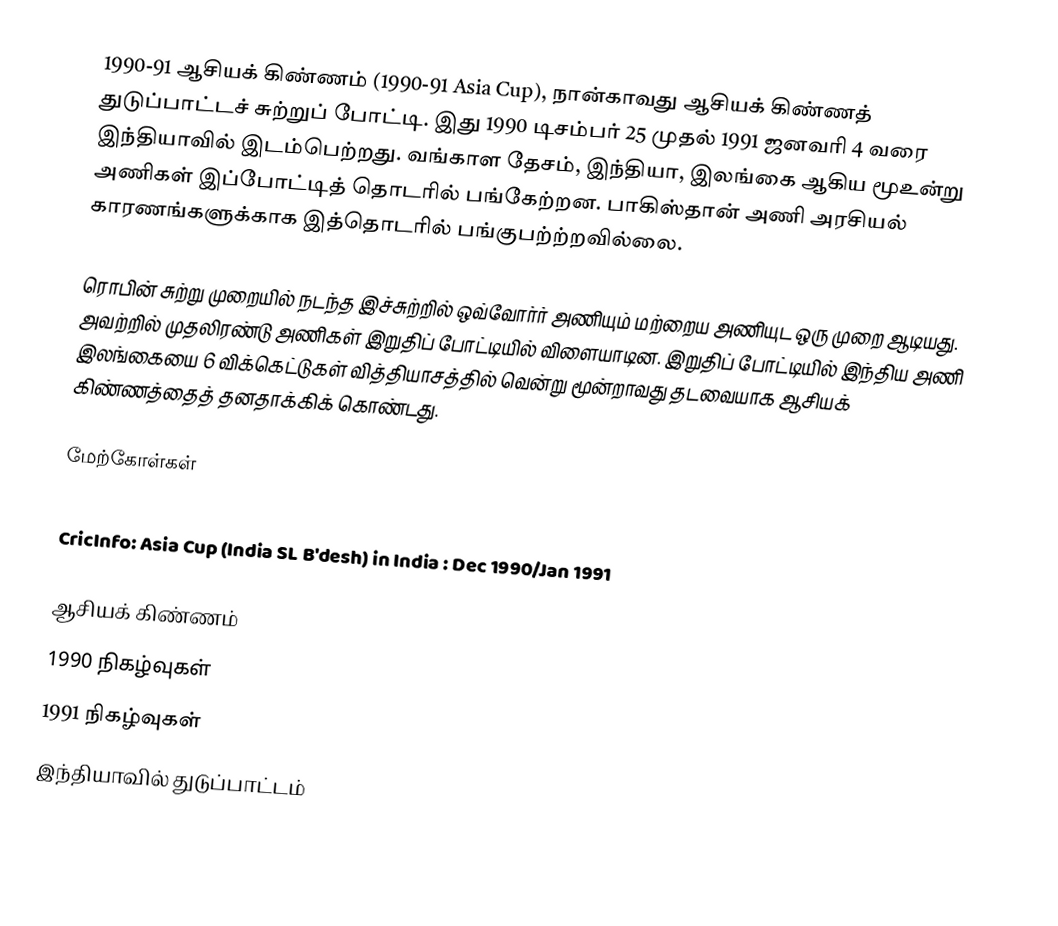
1990-91 ஆசியக் கிண்ணம் (1990-91 Asia Cup), நான்காவது ஆசியக் கிண்ணத் துடுப்பாட்டச் சுற்றுப் போட்டி. இது 1990 டிசம்பர் 25 முதல் 1991 ஜனவரி 4 வரை இந்தியாவில் இடம்பெற்றது. வங்காள தேசம், இந்தியா, இலங்கை ஆகிய மூஉன்று அணிகள் இப்போட்டித் தொடரில் பங்கேற்றன. பாகிஸ்தான் அணி அரசியல் காரணங்களுக்காக இத்தொடரில் பங்குபற்ற்றவில்லை.

ரொபின் சுற்று முறையில் நடந்த இச்சுற்றில் ஒவ்வோர்ர் அணியும் மற்றைய அணியுட ஒரு முறை ஆடியது. அவற்றில் முதலிரண்டு அணிகள் இறுதிப் போட்டியில் விளையாடின. இறுதிப் போட்டியில் இந்திய அணி இலங்கையை 6 விக்கெட்டுகள் வித்தியாசத்தில் வென்று மூன்றாவது தடவையாக ஆசியக் கிண்ணத்தைத் தனதாக்கிக் கொண்டது.

மேற்கோள்கள்
 Cricket Archive: Asia Cup 1990/91
 CricInfo: Asia Cup (India SL B'desh) in India : Dec 1990/Jan 1991

ஆசியக் கிண்ணம்
1990 நிகழ்வுகள்
1991 நிகழ்வுகள்
இந்தியாவில் துடுப்பாட்டம்